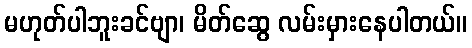
မဟုတ်ပါဘူးခင်ဗျာ၊ မိတ်ဆွေ လမ်းမှားနေပါတယ်။